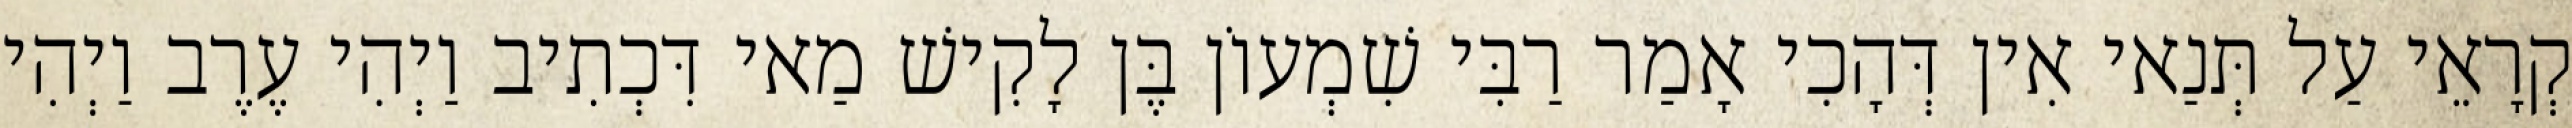
קְרָאֵי עַל תְּנַאי אִין דְּהָכִי אָמַר רַבִּי שִׁמְעוֹן בֶּן לָקִישׁ מַאי דִּכְתִיב וַיְהִי עֶרֶב וַיְהִי